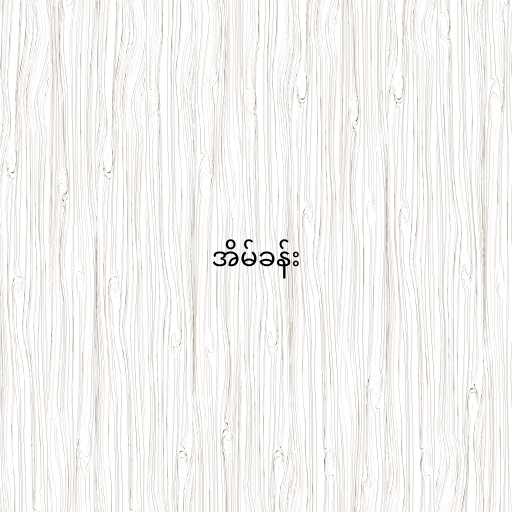
အိမ်ခန်း